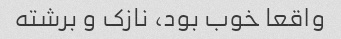
واقعا خوب بود، نازک و برشته